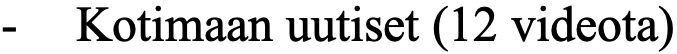
- Kotimaan uutiset (12 videota)